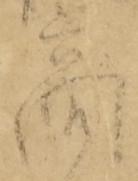
商